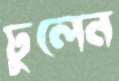
ঢুলেন